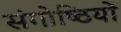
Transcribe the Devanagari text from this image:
संगोष्‍ठियों